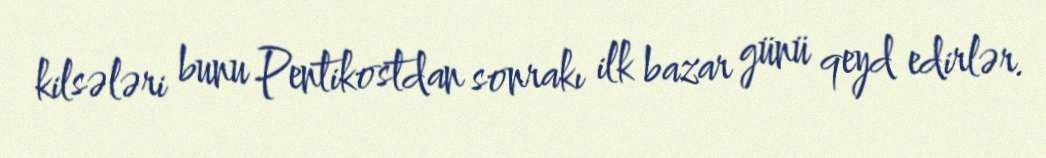
kilsələri bunu Pentikostdan sonrakı ilk bazar günü qeyd edirlər.